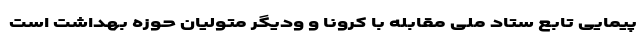
پیمایی تابع ستاد ملی مقابله با کرونا و ودیگر متولیان حوزه بهداشت است